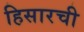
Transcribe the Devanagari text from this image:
हिसारची